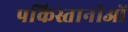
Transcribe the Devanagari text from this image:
पकिस्तानीओं